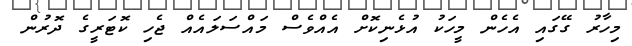
މިހާރު ގޭގައި އެހެން މީހަކު އުޅެނިކޮށް އެއްވެސް މައްސަލައެއް ޖެހި ކޮޓަރީގެ ދޮރުން